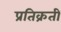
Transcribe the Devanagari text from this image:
प्रतिक्रती